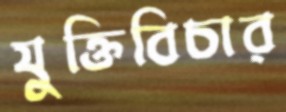
যুক্তিবিচার